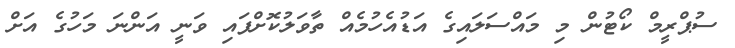
ސުޕްރީމް ކޯޓުން މި މައްސަލައިގެ އަޑުއެހުމެއް ތާވަލުކޮށްފައި ވަނީ އަންނަ މަހުގެ އަށް